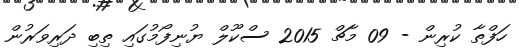
ހަފްތާ ކުރިން - 09 މާޗް 2015 ސްކޫލް ޔުނިފޯމުގައި ތިބި ދަރިވަރުން